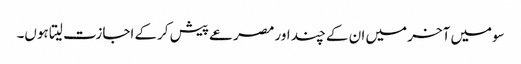
سومیں آخر میں ان کے چند اور مصرعے پیش کرکے اجازت لیتا ہوں۔